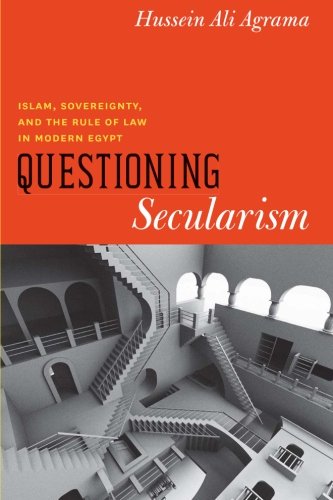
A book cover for Questioning Secularism: Islam, Sovereignty, and the Rule of Law in Modern Egypt (Chicago Studies in Practices of Meaning); Hussein Ali Agrama; Religion & Spirituality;